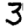
Digit: 3